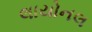
લાયોનલ